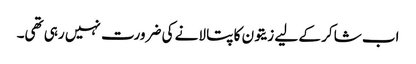
اب شاکر کے لیے زیتون کا پتا لانے کی ضرورت نہیں رہی تھی۔